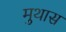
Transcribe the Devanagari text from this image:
मुथास